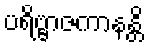
ပရိဗ္ဗာဇကာနန္တိ